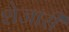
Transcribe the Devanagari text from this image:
शेजारीं